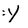
Character: Y